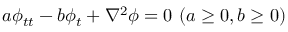
a \phi _ { t t } - b \phi _ { t } + \nabla ^ { 2 } \phi = 0 \ ( a \geq 0 , b \geq 0 )